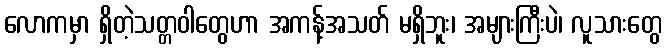
လောကမှာ ရှိတဲ့သတ္တဝါတွေဟာ အကန့်အသတ် မရှိဘူး၊ အများကြီးပဲ၊ လူသားတွေ